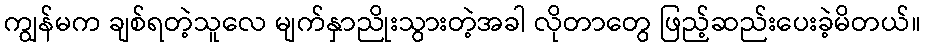
ကျွန်မက ချစ်ရတဲ့သူလေ မျက်နှာညိုးသွားတဲ့အခါ လိုတာတွေ ဖြည့်ဆည်းပေးခဲ့မိတယ်။